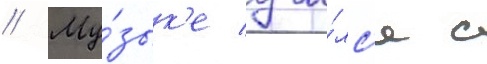
// Му́зык'е учи́лс'я с